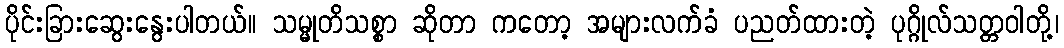
ပိုင်းခြားဆွေးနွေးပါတယ်။ သမ္မုတိသစ္စာ ဆိုတာ ကတော့ အများလက်ခံ ပညတ်ထားတဲ့ ပုဂ္ဂိုလ်သတ္တဝါတို့၊